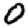
Digit: 0